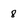
Character: 8